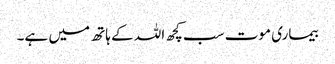
بیماری موت سب کچھ اللہ کے ہاتھ میں ہے۔